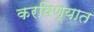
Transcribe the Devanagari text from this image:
करविण्यात